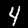
Label: 4